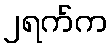
၂ရက်က